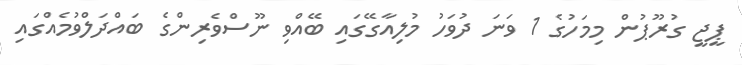
ޕީޖީ ގުރޫޕުން މިމަހުގެ 1 ވަނަ ދުވަހު މުލިއާގޭގައި ބޭއްވި ނޫސްވެރިންގެ ބައްދަލްވުމެއްގައި